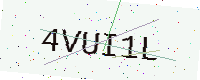
Text: 4VUI1L